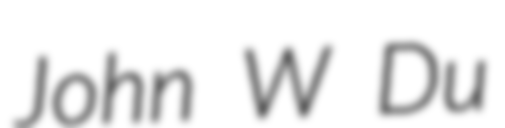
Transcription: John W Du